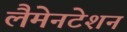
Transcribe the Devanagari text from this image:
लैमेनटेशन